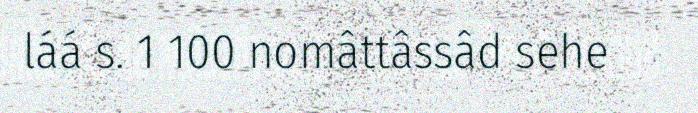
láá s. 1 100 nomâttâssâd sehe